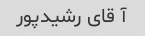
آ قای رشیدپور